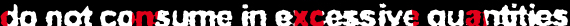
do not consume in excessive quantities